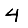
Digit: 4